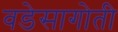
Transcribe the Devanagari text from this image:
वडेसागोती